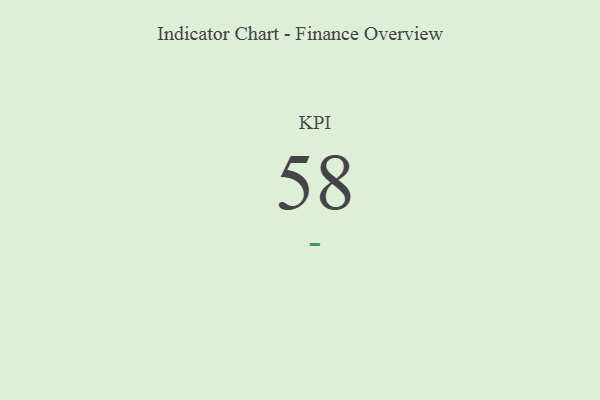
{"axis": {"x": "KPI", "y": "Value"}, "legend": [""], "data": [{"x": "KPI", "y": 58, "type": ""}]}